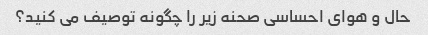
حال و هوای احساسی صحنه زیر را چگونه توصیف می کنید؟